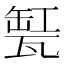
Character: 𤭬